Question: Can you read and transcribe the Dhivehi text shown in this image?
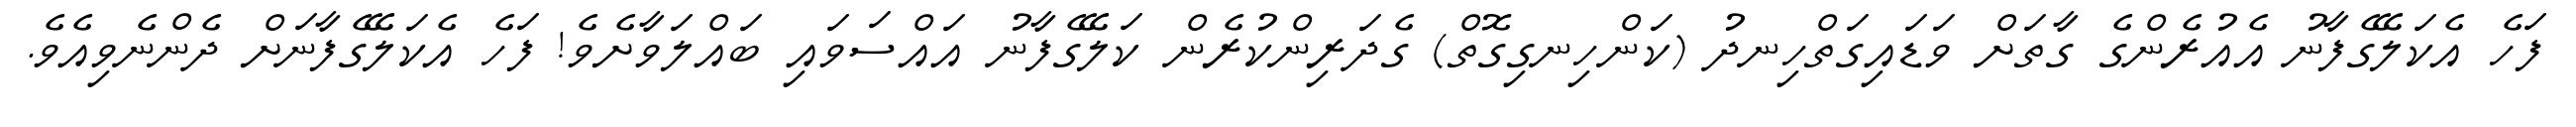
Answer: ފަހެ އެކަލޭގެފާނު އެއުރެންގެ ގާތަށް ވަޑައިގަތްހިނދު (ކަންހިނގިގޮތް) ގެދަރިންކުރެން ކަލޭގެފާނު އައްސަވައި ބައްލަވާށެވެ! ފަހެ އެކަލޭގެފާނަށް ދެންނެވިއެވެ.